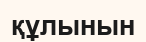
құлынын